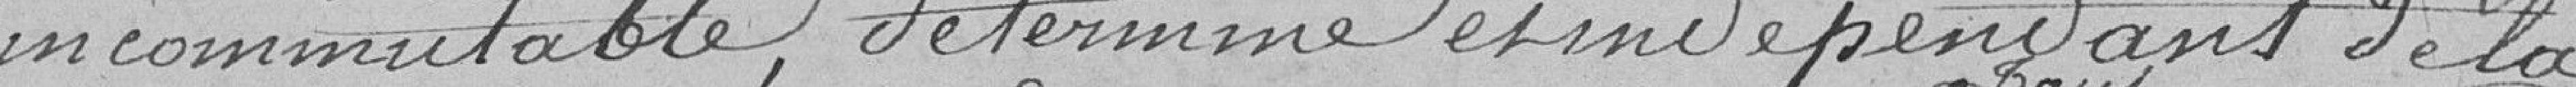
incommutable, déterminé et indépendant de la